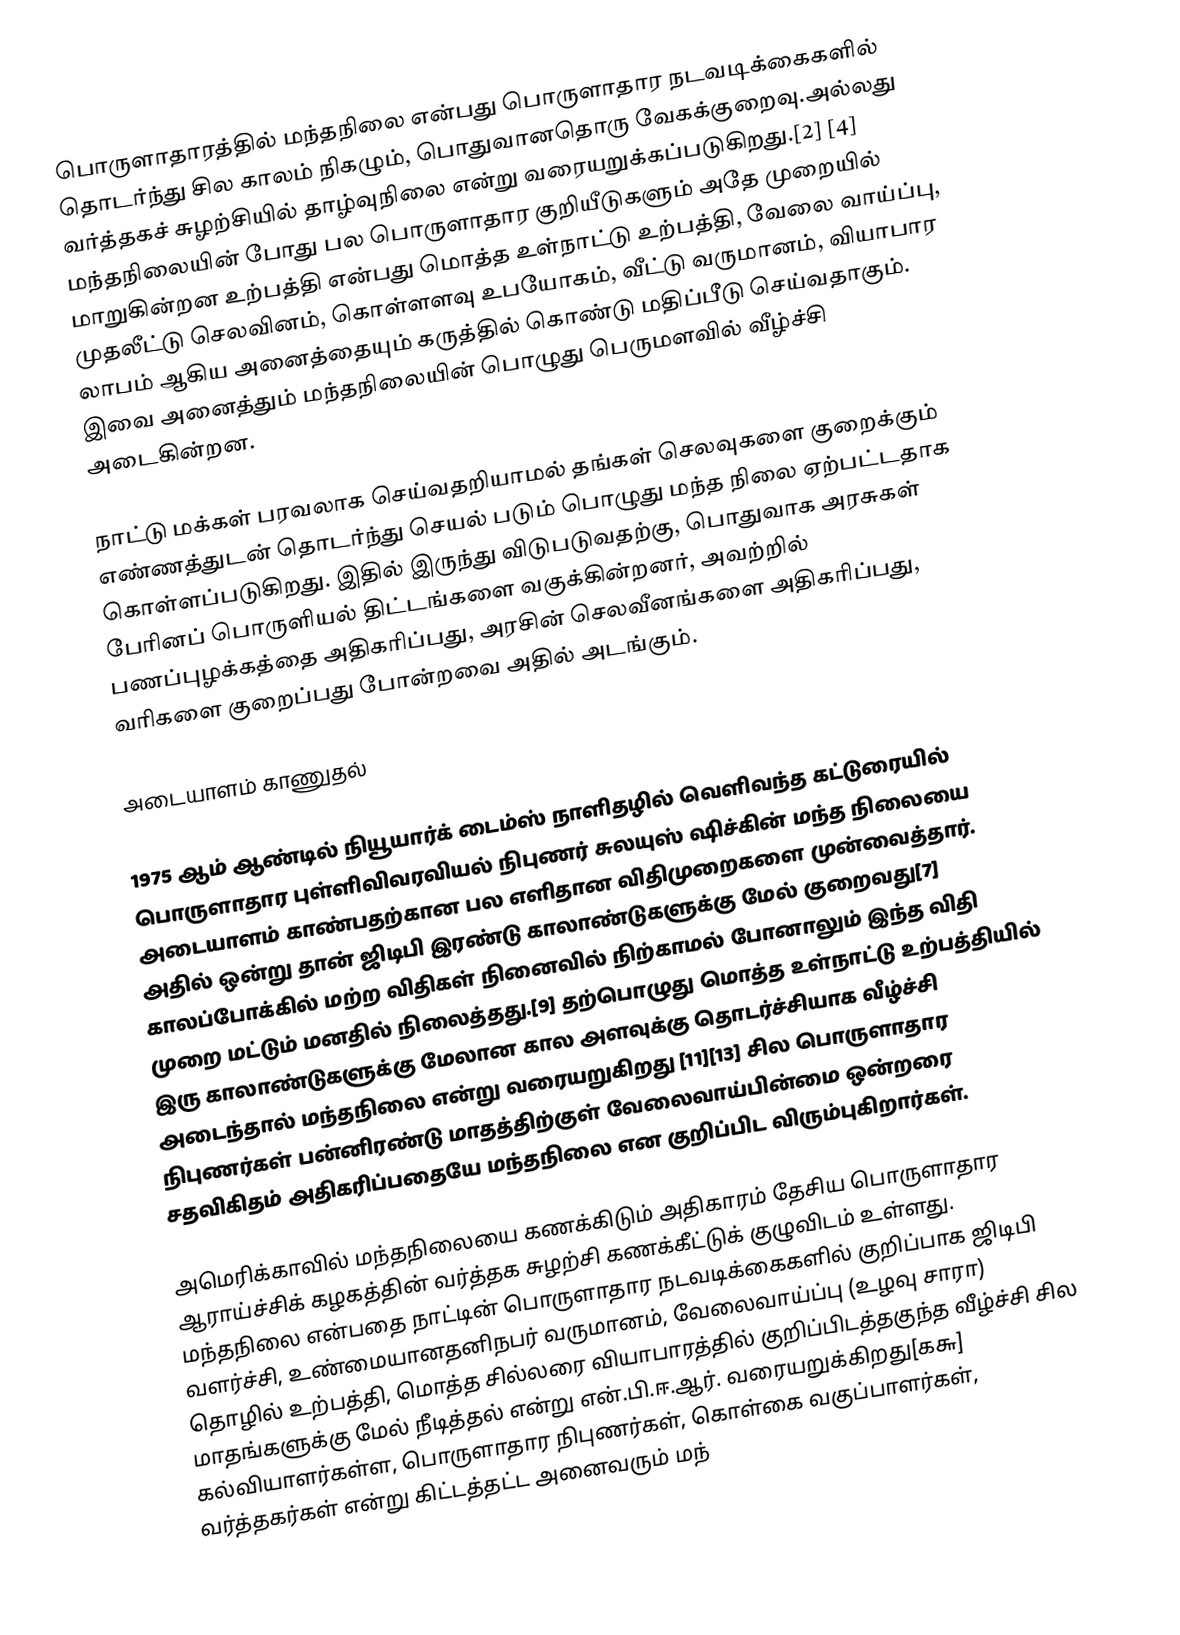
பொருளாதாரத்தில் மந்தநிலை  என்பது பொருளாதார நடவடிக்கைகளில் தொடர்ந்து சில காலம் நிகழும், பொதுவானதொரு வேகக்குறைவு.அல்லது வர்த்தகச் சுழற்சியில் தாழ்வுநிலை என்று வரையறுக்கப்படுகிறது.[2] [4] மந்தநிலையின் போது பல பொருளாதார குறியீடுகளும் அதே முறையில் மாறுகின்றன உற்பத்தி என்பது மொத்த உள்நாட்டு உற்பத்தி, வேலை வாய்ப்பு, முதலீட்டு செலவினம், கொள்ளளவு உபயோகம், வீட்டு வருமானம், வியாபார லாபம் ஆகிய அனைத்தையும் கருத்தில் கொண்டு மதிப்பீடு செய்வதாகும். இவை அனைத்தும் மந்தநிலையின் பொழுது பெருமளவில் வீழ்ச்சி அடைகின்றன.

நாட்டு மக்கள் பரவலாக செய்வதறியாமல் தங்கள் செலவுகளை குறைக்கும் எண்ணத்துடன் தொடர்ந்து செயல் படும் பொழுது மந்த நிலை ஏற்பட்டதாக கொள்ளப்படுகிறது. இதில் இருந்து விடுபடுவதற்கு, பொதுவாக அரசுகள் பேரினப் பொருளியல் திட்டங்களை வகுக்கின்றனர், அவற்றில் பணப்புழக்கத்தை அதிகரிப்பது, அரசின் செலவீனங்களை அதிகரிப்பது, வரிகளை குறைப்பது போன்றவை அதில் அடங்கும்.

அடையாளம் காணுதல்

1975 ஆம் ஆண்டில் நியூயார்க் டைம்ஸ் நாளிதழில் வெளிவந்த கட்டுரையில் பொருளாதார புள்ளிவிவரவியல் நிபுணர் சுலயுஸ் ஷிச்கின் மந்த நிலையை அடையாளம் காண்பதற்கான பல எளிதான விதிமுறைகளை முன்வைத்தார். அதில் ஒன்று தான் ஜிடிபி இரண்டு காலாண்டுகளுக்கு மேல் குறைவது[7] காலப்போக்கில் மற்ற விதிகள் நினைவில் நிற்காமல் போனாலும் இந்த விதி முறை மட்டும் மனதில் நிலைத்தது.[9] தற்பொழுது மொத்த உள்நாட்டு உற்பத்தியில் இரு காலாண்டுகளுக்கு மேலான கால அளவுக்கு தொடர்ச்சியாக வீழ்ச்சி அடைந்தால் மந்தநிலை என்று வரையறுகிறது [11][13] சில பொருளாதார நிபுணர்கள் பன்னிரண்டு மாதத்திற்குள் வேலைவாய்பின்மை ஒன்றரை சதவிகிதம் அதிகரிப்பதையே மந்தநிலை என குறிப்பிட விரும்புகிறார்கள்.

அமெரிக்காவில் மந்தநிலையை கணக்கிடும் அதிகாரம் தேசிய பொருளாதார ஆராய்ச்சிக் கழகத்தின் வர்த்தக சுழற்சி கணக்கீட்டுக் குழுவிடம் உள்ளது. மந்தநிலை என்பதை நாட்டின் பொருளாதார நடவடிக்கைகளில் குறிப்பாக ஜிடிபி வளர்ச்சி, உண்மையானதனிநபர் வருமானம், வேலைவாய்ப்பு (உழவு சாரா) தொழில் உற்பத்தி, மொத்த சில்லரை வியாபாரத்தில் குறிப்பிடத்தகுந்த வீழ்ச்சி சில மாதங்களுக்கு மேல் நீடித்தல் என்று என்.பி.ஈ.ஆர். வரையறுக்கிறது[௧௬] கல்வியாளர்கள்ள, பொருளாதார நிபுணர்கள், கொள்கை வகுப்பாளர்கள், வர்த்தகர்கள் என்று கிட்டத்தட்ட அனைவரும் மந்